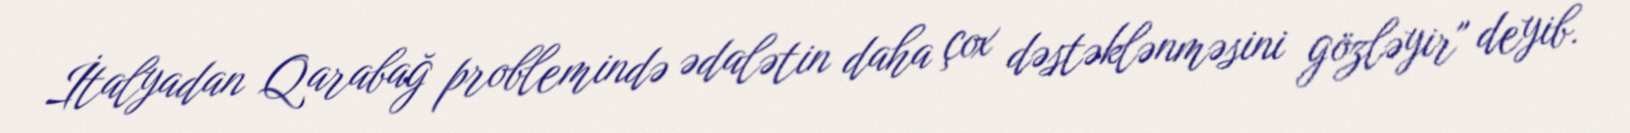
İtalyadan Qarabağ problemində ədalətin daha çox dəstəklənməsini gözləyir" deyib.